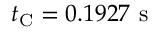
t _ { \mathrm { C } } = 0 . 1 9 2 7 ~ \mathrm { s }